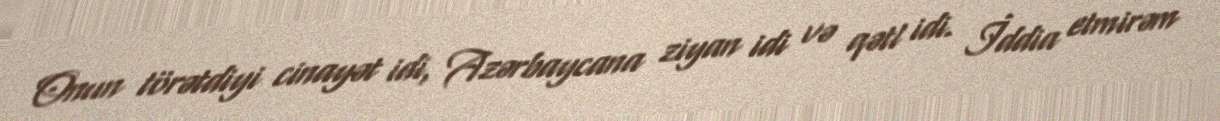
Onun törətdiyi cinayət idi, Azərbaycana ziyan idi və qətl idi. İddia etmirəm